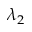
\lambda _ { 2 }